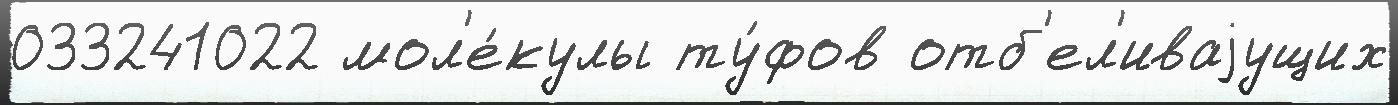
033241022 мол'е́кулы ту́фов отб'ел'иваjущих